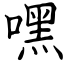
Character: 嘿